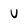
Character: v